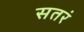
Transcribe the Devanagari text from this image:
सतरं